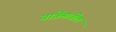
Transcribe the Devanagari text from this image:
यात्रेमधील